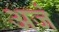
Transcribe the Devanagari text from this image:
अजं